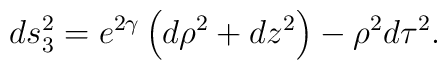
ds_3^2 = e^{2\gamma}\left (d\rho ^2 + dz^2 \right ) - \rho ^2d\tau ^2.